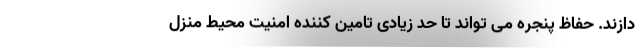
دازند. حفاظ پنجره می تواند تا حد زیادی تامین کننده امنیت محیط منزل